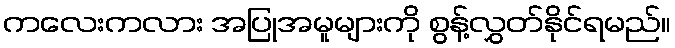
ကလေးကလား အပြုအမူများကို စွန့်လွှတ်နိုင်ရမည်။